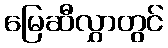
မြေဆီလွှာတွင်